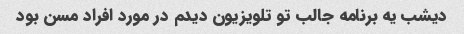
دیشب یه برنامه جالب تو تلویزیون دیدم در مورد افراد مسن بود